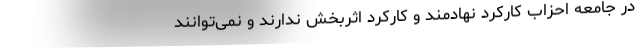
در جامعه احزاب کارکرد نهادمند و کارکرد اثربخش ندارند و نمی‌توانند